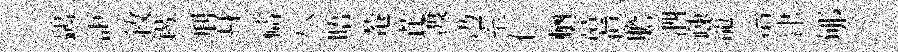
鷁詎敘錫刑身禱八晤菴芘渡辸室仁輶富眞膽泗疎寵冶津郇